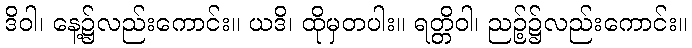
ဒိဝါ၊ နေ့၌လည်းကောင်း။ ယဒိ၊ ထိုမှတပါး။ ရတ္တိဝါ၊ ညဉ့်၌လည်းကောင်း။